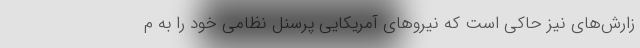
زارش‌های نیز حاکی است که نیروهای آمریکایی پرسنل نظامی خود را به م